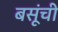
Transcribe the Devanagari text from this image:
बसूंची